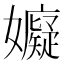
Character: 𭒳